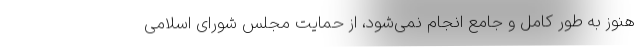
هنوز به طور کامل و جامع انجام نمی‌شود، از حمایت مجلس شورای اسلامی